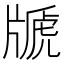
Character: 𤗢